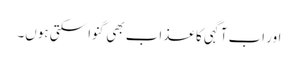
اور اب آگہی کا عذاب بھی گنوا سکتی ہوں۔